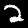
Label: 2